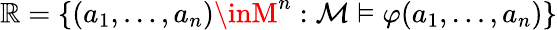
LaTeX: \mathbb{R}=\{ (a_{1},\ldots,a_{n})\inM^{n}:{\mathcal{{M}}}\vDash\varphi(a_{1},\ldots,a_{n})\}